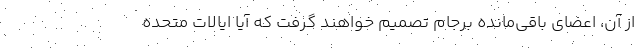
از آن، اعضای باقی‌مانده برجام تصمیم خواهند گرفت که آیا ایالات متحده